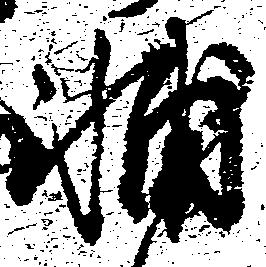
輔